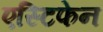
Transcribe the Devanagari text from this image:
एस्टिफेन